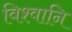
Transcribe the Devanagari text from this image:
विश्वानि